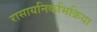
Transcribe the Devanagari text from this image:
रासायनिकभिक्रिया